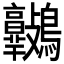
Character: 𪈷